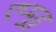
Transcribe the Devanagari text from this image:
एप्पुडु